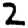
Digit: 2